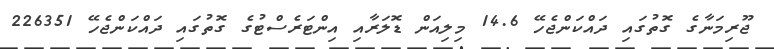
ޖޫރިމަނާގެ ގޮތުގައި ދައްކަންޖެހޭ 14.6 މިލިއަން ޑޮލަރާއި އިންޓަރެސްޓުގެ ގޮތުގައި ދައްކަންޖެހޭ 226351